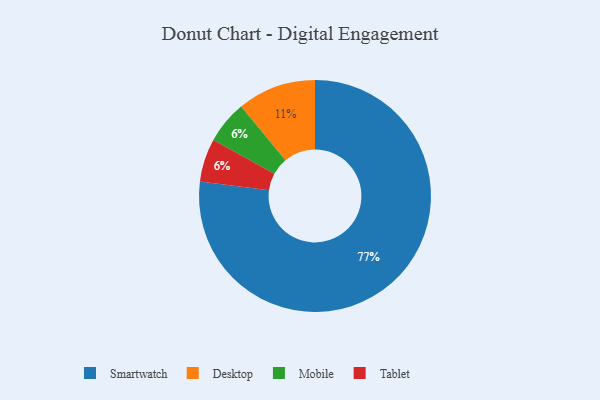
{"axis": {"x": "Category", "y": "Percentage"}, "legend": ["Desktop", "Mobile", "Smartwatch", "Tablet"], "data": [{"x": "Mobile", "y": 6, "type": "Mobile"}, {"x": "Tablet", "y": 6, "type": "Tablet"}, {"x": "Desktop", "y": 11, "type": "Desktop"}, {"x": "Smartwatch", "y": 77, "type": "Smartwatch"}]}